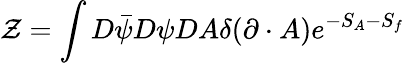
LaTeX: {\cal Z}=\int D\bar{\psi}D\psi DA\delta(\partial\cdot A)e^{-S_{A}-S_{f}}